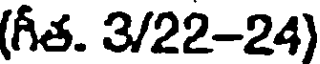
(గీత. 3/22-24)